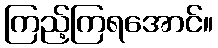
ကြည့်ကြရအောင်။